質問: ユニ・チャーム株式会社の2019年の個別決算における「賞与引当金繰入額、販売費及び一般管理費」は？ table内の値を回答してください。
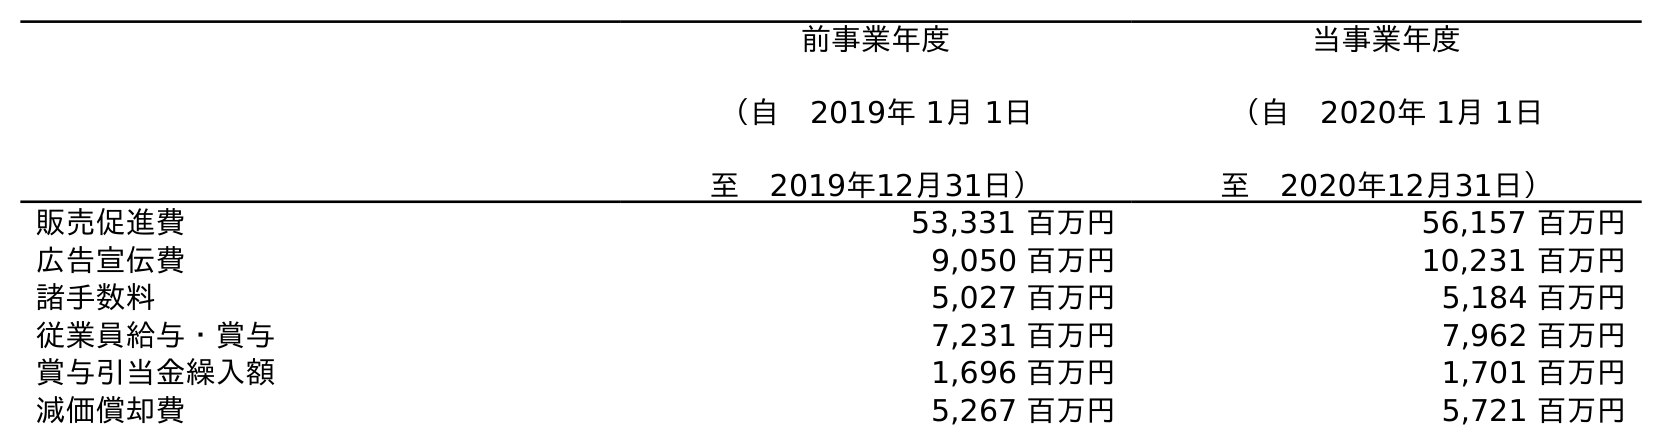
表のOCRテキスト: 前事業年度 （自 2019年 1月 1日 至 2019年12月31日） 当事業年度 （自 2020年 1月 1日 至 2020年12月31日） 販売促進費 53,331 百万円 56,157 百万円 広告宣伝費 9,050 百万円 10,231 百万円 諸手数料 5,027 百万円 5,184 百万円 従業員給与・賞与 7,231 百万円 7,962 百万円 賞与引当金繰入額 1,696 百万円 1,701 百万円 減価償却費 5,267 百万円 5,721 百万円
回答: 1,696百万円